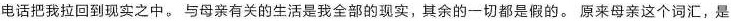
电话把我拉回到现实之中。与母亲有关的生活是我全部的现实，其余的一切都是假的。原来母亲这个词汇，是